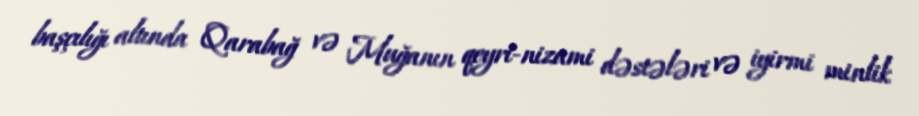
başçılığı altında Qarabağ və Muğanın qeyri-nizami dəstələri və iyirmi minlik